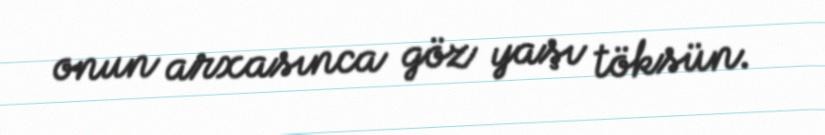
onun arxasınca göz yaşı töksün.